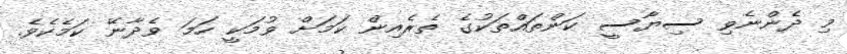
މި ދެންނެވި ސިޔާސީ ކަންތައްތަކުގެ ތެރެއިން ކަމަށް ވުމަކީ ހަމަ ވެދާނޭ ކަމެކެވެ.